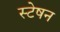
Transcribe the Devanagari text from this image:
स्टेषन